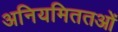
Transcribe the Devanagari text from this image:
अनियमिततओं